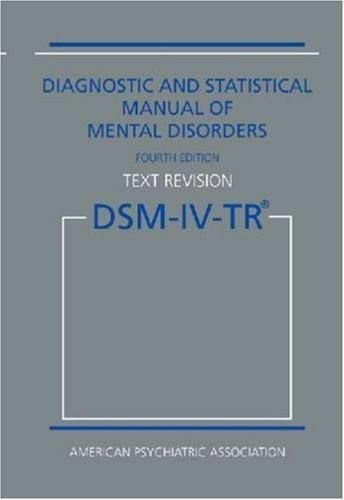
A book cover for Diagnostic and Statistical Manual of Mental Disorders, 4th Edition, Text Revision (DSM-IV-TR); American Psychiatric Association; Medical Books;